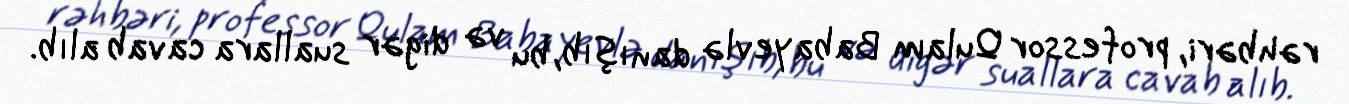
rəhbəri, professor Qulam Babayevlə danışıb, bu və digər suallara cavab alıb.